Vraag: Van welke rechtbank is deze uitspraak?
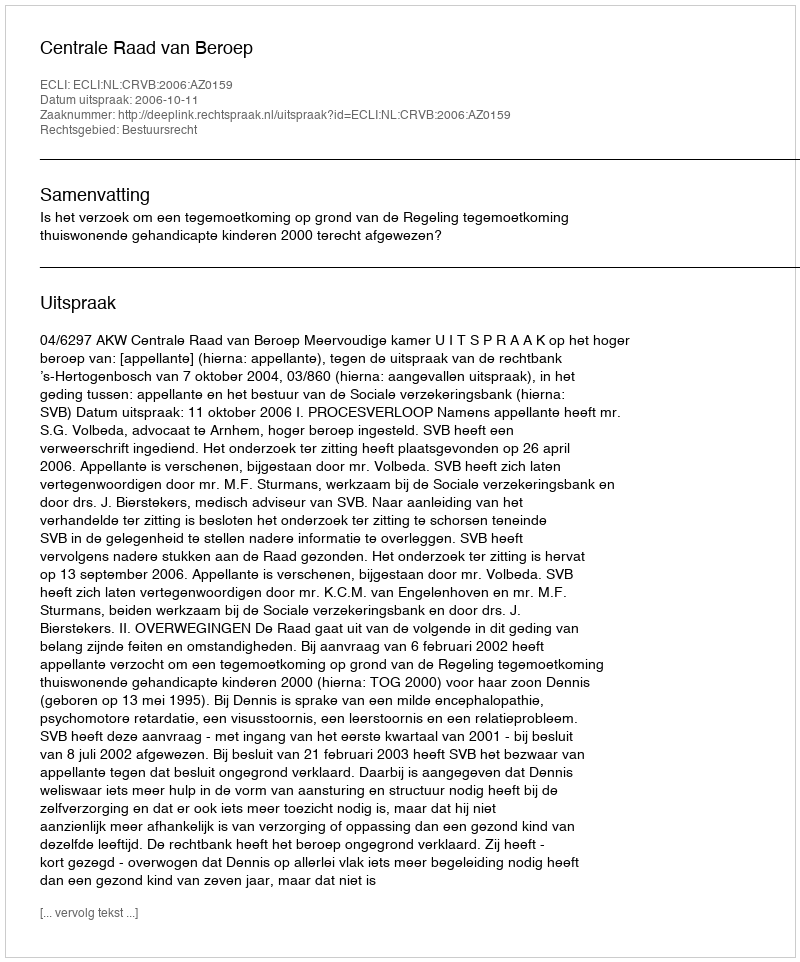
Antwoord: Centrale Raad van Beroep